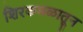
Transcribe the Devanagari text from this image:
शिरकमळातून